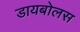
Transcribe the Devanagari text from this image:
डायबोलस